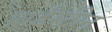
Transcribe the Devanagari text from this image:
हार्डस्टोन